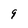
Character: 9